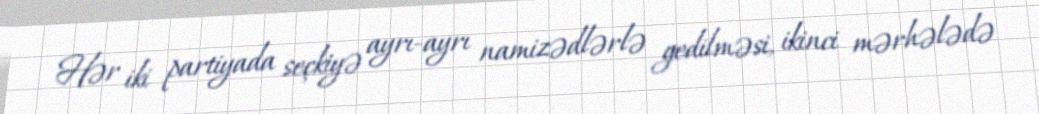
Hər iki partiyada seçkiyə ayrı-ayrı namizədlərlə gedilməsi, ikinci mərhələdə